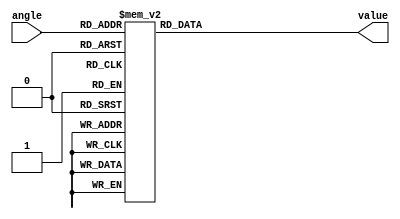
/*
Image processing project : Rotate.

Function: Rotating an image by your given angle.

LUT for cos(angle).

Copyright (C) 2015  Dai Tianyu (dtysky)

This library is free software; you can redistribute it and/or
modify it under the terms of the GNU Lesser General Public
License as published by the Free Software Foundation; either
version 2.1 of the License, or (at your option) any later version.

This library is distributed in the hope that it will be useful,
but WITHOUT ANY WARRANTY; without even the implied warranty of
MERCHANTABILITY or FITNESS FOR A PARTICULAR PURPOSE.  See the GNU
Lesser General Public License for more details.

You should have received a copy of the GNU Lesser General Public
License along with this library; if not, write to the Free Software
Foundation, Inc., 51 Franklin Street, Fifth Floor, Boston, MA  02110-1301  USA

Homepage for this project:
	http://ifl.dtysky.moe

Sources for this project:
	https://github.com/dtysky/FPGA-Imaging-Library

My e-mail:
	dtysky@outlook.com

My blog:
	http://dtysky.moe

*/

`timescale 1ns / 1ps

module CosLUT(angle, value);
	input[8 : 0] angle;
	output[19 : 0] value;
	reg[19 : 0] reg_value;
	assign value = reg_value;
	always@(*) begin
		case(angle)
			0 : reg_value <= 20'b01000000000000000000;
			1 : reg_value <= 20'b00111111111111011000;
			2 : reg_value <= 20'b00111111111101100000;
			3 : reg_value <= 20'b00111111111010011000;
			4 : reg_value <= 20'b00111111110110000001;
			5 : reg_value <= 20'b00111111110000011010;
			6 : reg_value <= 20'b00111111101001100011;
			7 : reg_value <= 20'b00111111100001011101;
			8 : reg_value <= 20'b00111111011000001000;
			9 : reg_value <= 20'b00111111001101100100;
			10 : reg_value <= 20'b00111111000001110001;
			11 : reg_value <= 20'b00111110110100101111;
			12 : reg_value <= 20'b00111110100110011111;
			13 : reg_value <= 20'b00111110010111000001;
			14 : reg_value <= 20'b00111110000110010101;
			15 : reg_value <= 20'b00111101110100011011;
			16 : reg_value <= 20'b00111101100001010101;
			17 : reg_value <= 20'b00111101001101000001;
			18 : reg_value <= 20'b00111100110111100001;
			19 : reg_value <= 20'b00111100100000110110;
			20 : reg_value <= 20'b00111100001000111110;
			21 : reg_value <= 20'b00111011101111111100;
			22 : reg_value <= 20'b00111011010101101111;
			23 : reg_value <= 20'b00111010111010011000;
			24 : reg_value <= 20'b00111010011101111000;
			25 : reg_value <= 20'b00111010000000001111;
			26 : reg_value <= 20'b00111001100001011101;
			27 : reg_value <= 20'b00111001000001100100;
			28 : reg_value <= 20'b00111000100000100011;
			29 : reg_value <= 20'b00110111111110011100;
			30 : reg_value <= 20'b00110111011011001111;
			31 : reg_value <= 20'b00110110110110111101;
			32 : reg_value <= 20'b00110110010001100110;
			33 : reg_value <= 20'b00110101101011001100;
			34 : reg_value <= 20'b00110101000011101111;
			35 : reg_value <= 20'b00110100011011001111;
			36 : reg_value <= 20'b00110011110001101110;
			37 : reg_value <= 20'b00110011000111001101;
			38 : reg_value <= 20'b00110010011011101100;
			39 : reg_value <= 20'b00110001101111001100;
			40 : reg_value <= 20'b00110001000001101101;
			41 : reg_value <= 20'b00110000010011010010;
			42 : reg_value <= 20'b00101111100011111011;
			43 : reg_value <= 20'b00101110110011101000;
			44 : reg_value <= 20'b00101110000010011010;
			45 : reg_value <= 20'b00101101010000010011;
			46 : reg_value <= 20'b00101100011101010100;
			47 : reg_value <= 20'b00101011101001011101;
			48 : reg_value <= 20'b00101010110100110000;
			49 : reg_value <= 20'b00101001111111001101;
			50 : reg_value <= 20'b00101001001000110111;
			51 : reg_value <= 20'b00101000010001101100;
			52 : reg_value <= 20'b00100111011001101111;
			53 : reg_value <= 20'b00100110100001000010;
			54 : reg_value <= 20'b00100101100111100100;
			55 : reg_value <= 20'b00100100101101010111;
			56 : reg_value <= 20'b00100011110010011101;
			57 : reg_value <= 20'b00100010110110110101;
			58 : reg_value <= 20'b00100001111010100011;
			59 : reg_value <= 20'b00100000111101100110;
			60 : reg_value <= 20'b00100000000000000000;
			61 : reg_value <= 20'b00011111000001110010;
			62 : reg_value <= 20'b00011110000010111101;
			63 : reg_value <= 20'b00011101000011100010;
			64 : reg_value <= 20'b00011100000011100100;
			65 : reg_value <= 20'b00011011000011000010;
			66 : reg_value <= 20'b00011010000001111111;
			67 : reg_value <= 20'b00011001000000011011;
			68 : reg_value <= 20'b00010111111110011000;
			69 : reg_value <= 20'b00010110111011111000;
			70 : reg_value <= 20'b00010101111000111010;
			71 : reg_value <= 20'b00010100110101100001;
			72 : reg_value <= 20'b00010011110001101110;
			73 : reg_value <= 20'b00010010101101100011;
			74 : reg_value <= 20'b00010001101001000000;
			75 : reg_value <= 20'b00010000100100000111;
			76 : reg_value <= 20'b00001111011110111010;
			77 : reg_value <= 20'b00001110011001011001;
			78 : reg_value <= 20'b00001101010011100110;
			79 : reg_value <= 20'b00001100001101100011;
			80 : reg_value <= 20'b00001011000111010000;
			81 : reg_value <= 20'b00001010000000110000;
			82 : reg_value <= 20'b00001000111010000011;
			83 : reg_value <= 20'b00000111110011001011;
			84 : reg_value <= 20'b00000110101100001001;
			85 : reg_value <= 20'b00000101100100111111;
			86 : reg_value <= 20'b00000100011101101110;
			87 : reg_value <= 20'b00000011010110010111;
			88 : reg_value <= 20'b00000010001110111100;
			89 : reg_value <= 20'b00000001000111011110;
			90 : reg_value <= 20'b00000000000000000000;
			91 : reg_value <= 20'b11111110111000100010;
			92 : reg_value <= 20'b11111101110001000100;
			93 : reg_value <= 20'b11111100101001101001;
			94 : reg_value <= 20'b11111011100010010010;
			95 : reg_value <= 20'b11111010011011000001;
			96 : reg_value <= 20'b11111001010011110111;
			97 : reg_value <= 20'b11111000001100110101;
			98 : reg_value <= 20'b11110111000101111101;
			99 : reg_value <= 20'b11110101111111010000;
			100 : reg_value <= 20'b11110100111000110000;
			101 : reg_value <= 20'b11110011110010011101;
			102 : reg_value <= 20'b11110010101100011010;
			103 : reg_value <= 20'b11110001100110100111;
			104 : reg_value <= 20'b11110000100001000110;
			105 : reg_value <= 20'b11101111011011111001;
			106 : reg_value <= 20'b11101110010111000000;
			107 : reg_value <= 20'b11101101010010011101;
			108 : reg_value <= 20'b11101100001110010010;
			109 : reg_value <= 20'b11101011001010011111;
			110 : reg_value <= 20'b11101010000111000110;
			111 : reg_value <= 20'b11101001000100001000;
			112 : reg_value <= 20'b11101000000001101000;
			113 : reg_value <= 20'b11100110111111100101;
			114 : reg_value <= 20'b11100101111110000001;
			115 : reg_value <= 20'b11100100111100111110;
			116 : reg_value <= 20'b11100011111100011100;
			117 : reg_value <= 20'b11100010111100011110;
			118 : reg_value <= 20'b11100001111101000011;
			119 : reg_value <= 20'b11100000111110001110;
			120 : reg_value <= 20'b11100000000000000000;
			121 : reg_value <= 20'b11011111000010011010;
			122 : reg_value <= 20'b11011110000101011101;
			123 : reg_value <= 20'b11011101001001001011;
			124 : reg_value <= 20'b11011100001101100011;
			125 : reg_value <= 20'b11011011010010101001;
			126 : reg_value <= 20'b11011010011000011100;
			127 : reg_value <= 20'b11011001011110111110;
			128 : reg_value <= 20'b11011000100110010001;
			129 : reg_value <= 20'b11010111101110010100;
			130 : reg_value <= 20'b11010110110111001001;
			131 : reg_value <= 20'b11010110000000110011;
			132 : reg_value <= 20'b11010101001011010000;
			133 : reg_value <= 20'b11010100010110100011;
			134 : reg_value <= 20'b11010011100010101100;
			135 : reg_value <= 20'b11010010101111101101;
			136 : reg_value <= 20'b11010001111101100110;
			137 : reg_value <= 20'b11010001001100011000;
			138 : reg_value <= 20'b11010000011100000101;
			139 : reg_value <= 20'b11001111101100101110;
			140 : reg_value <= 20'b11001110111110010011;
			141 : reg_value <= 20'b11001110010000110100;
			142 : reg_value <= 20'b11001101100100010100;
			143 : reg_value <= 20'b11001100111000110011;
			144 : reg_value <= 20'b11001100001110010010;
			145 : reg_value <= 20'b11001011100100110001;
			146 : reg_value <= 20'b11001010111100010001;
			147 : reg_value <= 20'b11001010010100110100;
			148 : reg_value <= 20'b11001001101110011010;
			149 : reg_value <= 20'b11001001001001000011;
			150 : reg_value <= 20'b11001000100100110001;
			151 : reg_value <= 20'b11001000000001100100;
			152 : reg_value <= 20'b11000111011111011101;
			153 : reg_value <= 20'b11000110111110011100;
			154 : reg_value <= 20'b11000110011110100011;
			155 : reg_value <= 20'b11000101111111110001;
			156 : reg_value <= 20'b11000101100010001000;
			157 : reg_value <= 20'b11000101000101101000;
			158 : reg_value <= 20'b11000100101010010001;
			159 : reg_value <= 20'b11000100010000000100;
			160 : reg_value <= 20'b11000011110111000010;
			161 : reg_value <= 20'b11000011011111001010;
			162 : reg_value <= 20'b11000011001000011111;
			163 : reg_value <= 20'b11000010110010111111;
			164 : reg_value <= 20'b11000010011110101011;
			165 : reg_value <= 20'b11000010001011100101;
			166 : reg_value <= 20'b11000001111001101011;
			167 : reg_value <= 20'b11000001101000111111;
			168 : reg_value <= 20'b11000001011001100001;
			169 : reg_value <= 20'b11000001001011010001;
			170 : reg_value <= 20'b11000000111110001111;
			171 : reg_value <= 20'b11000000110010011100;
			172 : reg_value <= 20'b11000000100111111000;
			173 : reg_value <= 20'b11000000011110100011;
			174 : reg_value <= 20'b11000000010110011101;
			175 : reg_value <= 20'b11000000001111100110;
			176 : reg_value <= 20'b11000000001001111111;
			177 : reg_value <= 20'b11000000000101101000;
			178 : reg_value <= 20'b11000000000010100000;
			179 : reg_value <= 20'b11000000000000101000;
			180 : reg_value <= 20'b11000000000000000000;
			181 : reg_value <= 20'b11000000000000101000;
			182 : reg_value <= 20'b11000000000010100000;
			183 : reg_value <= 20'b11000000000101101000;
			184 : reg_value <= 20'b11000000001001111111;
			185 : reg_value <= 20'b11000000001111100110;
			186 : reg_value <= 20'b11000000010110011101;
			187 : reg_value <= 20'b11000000011110100011;
			188 : reg_value <= 20'b11000000100111111000;
			189 : reg_value <= 20'b11000000110010011100;
			190 : reg_value <= 20'b11000000111110001111;
			191 : reg_value <= 20'b11000001001011010001;
			192 : reg_value <= 20'b11000001011001100001;
			193 : reg_value <= 20'b11000001101000111111;
			194 : reg_value <= 20'b11000001111001101011;
			195 : reg_value <= 20'b11000010001011100101;
			196 : reg_value <= 20'b11000010011110101011;
			197 : reg_value <= 20'b11000010110010111111;
			198 : reg_value <= 20'b11000011001000011111;
			199 : reg_value <= 20'b11000011011111001010;
			200 : reg_value <= 20'b11000011110111000010;
			201 : reg_value <= 20'b11000100010000000100;
			202 : reg_value <= 20'b11000100101010010001;
			203 : reg_value <= 20'b11000101000101101000;
			204 : reg_value <= 20'b11000101100010001000;
			205 : reg_value <= 20'b11000101111111110001;
			206 : reg_value <= 20'b11000110011110100011;
			207 : reg_value <= 20'b11000110111110011100;
			208 : reg_value <= 20'b11000111011111011101;
			209 : reg_value <= 20'b11001000000001100100;
			210 : reg_value <= 20'b11001000100100110001;
			211 : reg_value <= 20'b11001001001001000011;
			212 : reg_value <= 20'b11001001101110011010;
			213 : reg_value <= 20'b11001010010100110100;
			214 : reg_value <= 20'b11001010111100010001;
			215 : reg_value <= 20'b11001011100100110001;
			216 : reg_value <= 20'b11001100001110010010;
			217 : reg_value <= 20'b11001100111000110011;
			218 : reg_value <= 20'b11001101100100010100;
			219 : reg_value <= 20'b11001110010000110100;
			220 : reg_value <= 20'b11001110111110010011;
			221 : reg_value <= 20'b11001111101100101110;
			222 : reg_value <= 20'b11010000011100000101;
			223 : reg_value <= 20'b11010001001100011000;
			224 : reg_value <= 20'b11010001111101100110;
			225 : reg_value <= 20'b11010010101111101101;
			226 : reg_value <= 20'b11010011100010101100;
			227 : reg_value <= 20'b11010100010110100011;
			228 : reg_value <= 20'b11010101001011010000;
			229 : reg_value <= 20'b11010110000000110011;
			230 : reg_value <= 20'b11010110110111001001;
			231 : reg_value <= 20'b11010111101110010100;
			232 : reg_value <= 20'b11011000100110010001;
			233 : reg_value <= 20'b11011001011110111110;
			234 : reg_value <= 20'b11011010011000011100;
			235 : reg_value <= 20'b11011011010010101001;
			236 : reg_value <= 20'b11011100001101100011;
			237 : reg_value <= 20'b11011101001001001011;
			238 : reg_value <= 20'b11011110000101011101;
			239 : reg_value <= 20'b11011111000010011010;
			240 : reg_value <= 20'b11100000000000000000;
			241 : reg_value <= 20'b11100000111110001110;
			242 : reg_value <= 20'b11100001111101000011;
			243 : reg_value <= 20'b11100010111100011110;
			244 : reg_value <= 20'b11100011111100011100;
			245 : reg_value <= 20'b11100100111100111110;
			246 : reg_value <= 20'b11100101111110000001;
			247 : reg_value <= 20'b11100110111111100101;
			248 : reg_value <= 20'b11101000000001101000;
			249 : reg_value <= 20'b11101001000100001000;
			250 : reg_value <= 20'b11101010000111000110;
			251 : reg_value <= 20'b11101011001010011111;
			252 : reg_value <= 20'b11101100001110010010;
			253 : reg_value <= 20'b11101101010010011101;
			254 : reg_value <= 20'b11101110010111000000;
			255 : reg_value <= 20'b11101111011011111001;
			256 : reg_value <= 20'b11110000100001000110;
			257 : reg_value <= 20'b11110001100110100111;
			258 : reg_value <= 20'b11110010101100011010;
			259 : reg_value <= 20'b11110011110010011101;
			260 : reg_value <= 20'b11110100111000110000;
			261 : reg_value <= 20'b11110101111111010000;
			262 : reg_value <= 20'b11110111000101111101;
			263 : reg_value <= 20'b11111000001100110101;
			264 : reg_value <= 20'b11111001010011110111;
			265 : reg_value <= 20'b11111010011011000001;
			266 : reg_value <= 20'b11111011100010010010;
			267 : reg_value <= 20'b11111100101001101001;
			268 : reg_value <= 20'b11111101110001000100;
			269 : reg_value <= 20'b11111110111000100010;
			270 : reg_value <= 20'b00000000000000000000;
			271 : reg_value <= 20'b00000001000111011110;
			272 : reg_value <= 20'b00000010001110111100;
			273 : reg_value <= 20'b00000011010110010111;
			274 : reg_value <= 20'b00000100011101101110;
			275 : reg_value <= 20'b00000101100100111111;
			276 : reg_value <= 20'b00000110101100001001;
			277 : reg_value <= 20'b00000111110011001011;
			278 : reg_value <= 20'b00001000111010000011;
			279 : reg_value <= 20'b00001010000000110000;
			280 : reg_value <= 20'b00001011000111010000;
			281 : reg_value <= 20'b00001100001101100011;
			282 : reg_value <= 20'b00001101010011100110;
			283 : reg_value <= 20'b00001110011001011001;
			284 : reg_value <= 20'b00001111011110111010;
			285 : reg_value <= 20'b00010000100100000111;
			286 : reg_value <= 20'b00010001101001000000;
			287 : reg_value <= 20'b00010010101101100011;
			288 : reg_value <= 20'b00010011110001101110;
			289 : reg_value <= 20'b00010100110101100001;
			290 : reg_value <= 20'b00010101111000111010;
			291 : reg_value <= 20'b00010110111011111000;
			292 : reg_value <= 20'b00010111111110011000;
			293 : reg_value <= 20'b00011001000000011011;
			294 : reg_value <= 20'b00011010000001111111;
			295 : reg_value <= 20'b00011011000011000010;
			296 : reg_value <= 20'b00011100000011100100;
			297 : reg_value <= 20'b00011101000011100010;
			298 : reg_value <= 20'b00011110000010111101;
			299 : reg_value <= 20'b00011111000001110010;
			300 : reg_value <= 20'b00100000000000000000;
			301 : reg_value <= 20'b00100000111101100110;
			302 : reg_value <= 20'b00100001111010100011;
			303 : reg_value <= 20'b00100010110110110101;
			304 : reg_value <= 20'b00100011110010011101;
			305 : reg_value <= 20'b00100100101101010111;
			306 : reg_value <= 20'b00100101100111100100;
			307 : reg_value <= 20'b00100110100001000010;
			308 : reg_value <= 20'b00100111011001101111;
			309 : reg_value <= 20'b00101000010001101100;
			310 : reg_value <= 20'b00101001001000110111;
			311 : reg_value <= 20'b00101001111111001101;
			312 : reg_value <= 20'b00101010110100110000;
			313 : reg_value <= 20'b00101011101001011101;
			314 : reg_value <= 20'b00101100011101010100;
			315 : reg_value <= 20'b00101101010000010011;
			316 : reg_value <= 20'b00101110000010011010;
			317 : reg_value <= 20'b00101110110011101000;
			318 : reg_value <= 20'b00101111100011111011;
			319 : reg_value <= 20'b00110000010011010010;
			320 : reg_value <= 20'b00110001000001101101;
			321 : reg_value <= 20'b00110001101111001100;
			322 : reg_value <= 20'b00110010011011101100;
			323 : reg_value <= 20'b00110011000111001101;
			324 : reg_value <= 20'b00110011110001101110;
			325 : reg_value <= 20'b00110100011011001111;
			326 : reg_value <= 20'b00110101000011101111;
			327 : reg_value <= 20'b00110101101011001100;
			328 : reg_value <= 20'b00110110010001100110;
			329 : reg_value <= 20'b00110110110110111101;
			330 : reg_value <= 20'b00110111011011001111;
			331 : reg_value <= 20'b00110111111110011100;
			332 : reg_value <= 20'b00111000100000100011;
			333 : reg_value <= 20'b00111001000001100100;
			334 : reg_value <= 20'b00111001100001011101;
			335 : reg_value <= 20'b00111010000000001111;
			336 : reg_value <= 20'b00111010011101111000;
			337 : reg_value <= 20'b00111010111010011000;
			338 : reg_value <= 20'b00111011010101101111;
			339 : reg_value <= 20'b00111011101111111100;
			340 : reg_value <= 20'b00111100001000111110;
			341 : reg_value <= 20'b00111100100000110110;
			342 : reg_value <= 20'b00111100110111100001;
			343 : reg_value <= 20'b00111101001101000001;
			344 : reg_value <= 20'b00111101100001010101;
			345 : reg_value <= 20'b00111101110100011011;
			346 : reg_value <= 20'b00111110000110010101;
			347 : reg_value <= 20'b00111110010111000001;
			348 : reg_value <= 20'b00111110100110011111;
			349 : reg_value <= 20'b00111110110100101111;
			350 : reg_value <= 20'b00111111000001110001;
			351 : reg_value <= 20'b00111111001101100100;
			352 : reg_value <= 20'b00111111011000001000;
			353 : reg_value <= 20'b00111111100001011101;
			354 : reg_value <= 20'b00111111101001100011;
			355 : reg_value <= 20'b00111111110000011010;
			356 : reg_value <= 20'b00111111110110000001;
			357 : reg_value <= 20'b00111111111010011000;
			358 : reg_value <= 20'b00111111111101100000;
			359 : reg_value <= 20'b00111111111111011000;
			default: reg_value <= 0;
		endcase
	end
endmodule